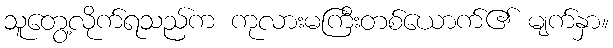
သူတွေ့လိုက်ရသည်က ကုလားမကြီးတစ်ယောက်၏ မျက်နှာ။